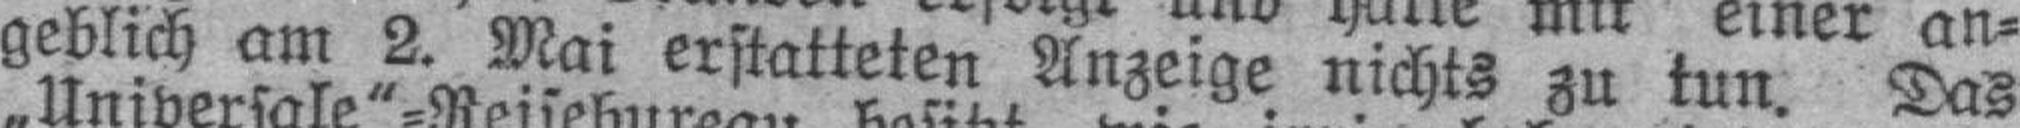
geblich am 2. Mai erstatteten Anzeige nichts zu tun. Das